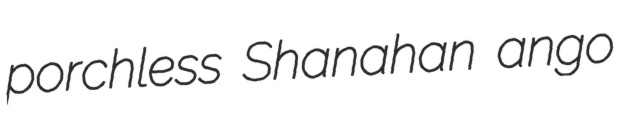
porchless Shanahan ango